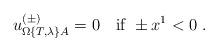
LaTeX: \begin{align*}u_{\Omega\{T,\lambda\}A}^{(\pm)}=0\quad\mbox{if } \pm x^1 <0\ .\end{align*}